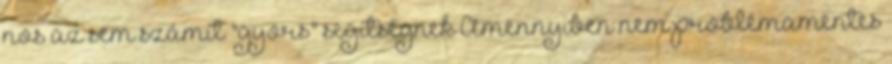
nos az sem számít "gyors" segítségnek Amennyiben nem problémamentes